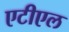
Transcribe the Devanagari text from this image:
एटीएल